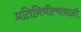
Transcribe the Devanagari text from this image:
प्रतिनिधीत्वासाठी